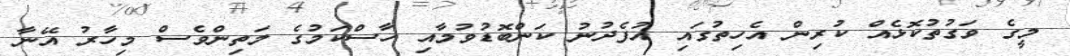
މީގެ ވަގުތުކޮޅެއް ކުރިން އެހިތުގައި އުފެދުނު ކަންބޮޑުވުމާއި ހާސްކަމުގެ މަތިންވެސް މިހާރު އޭނާ